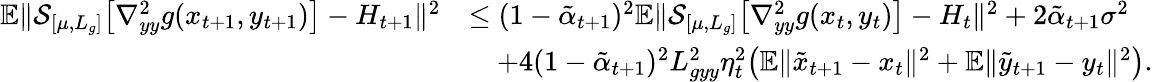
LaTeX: \begin{array}{rl}{\mathbb{E}\| \mathcal{S}_{[\mu,L_{g}]}\big[\nabla_{yy}^{2}g(x_{t+1},y_{t+1})\big]-H_{t+1}\| ^{2}}&{\leq(1-\tilde{\alpha}_{t+1})^{2}\mathbb{E}\| \mathcal{S}_{[\mu,L_{g}]}\big[\nabla_{yy}^{2}g(x_{t},y_{t})\big]-H_{t}\| ^{2}+2\tilde{\alpha}_{t+1}\sigma^{2}}\\ &{\quad+4(1-\tilde{\alpha}_{t+1})^{2}L_{gyy}^{2}\eta_{t}^{2}\big(\mathbb{E}\| \tilde{x}_{t+1}-x_{t}\| ^{2}+\mathbb{E}\| \tilde{y}_{t+1}-y_{t}\| ^{2}\big).}\end{array}